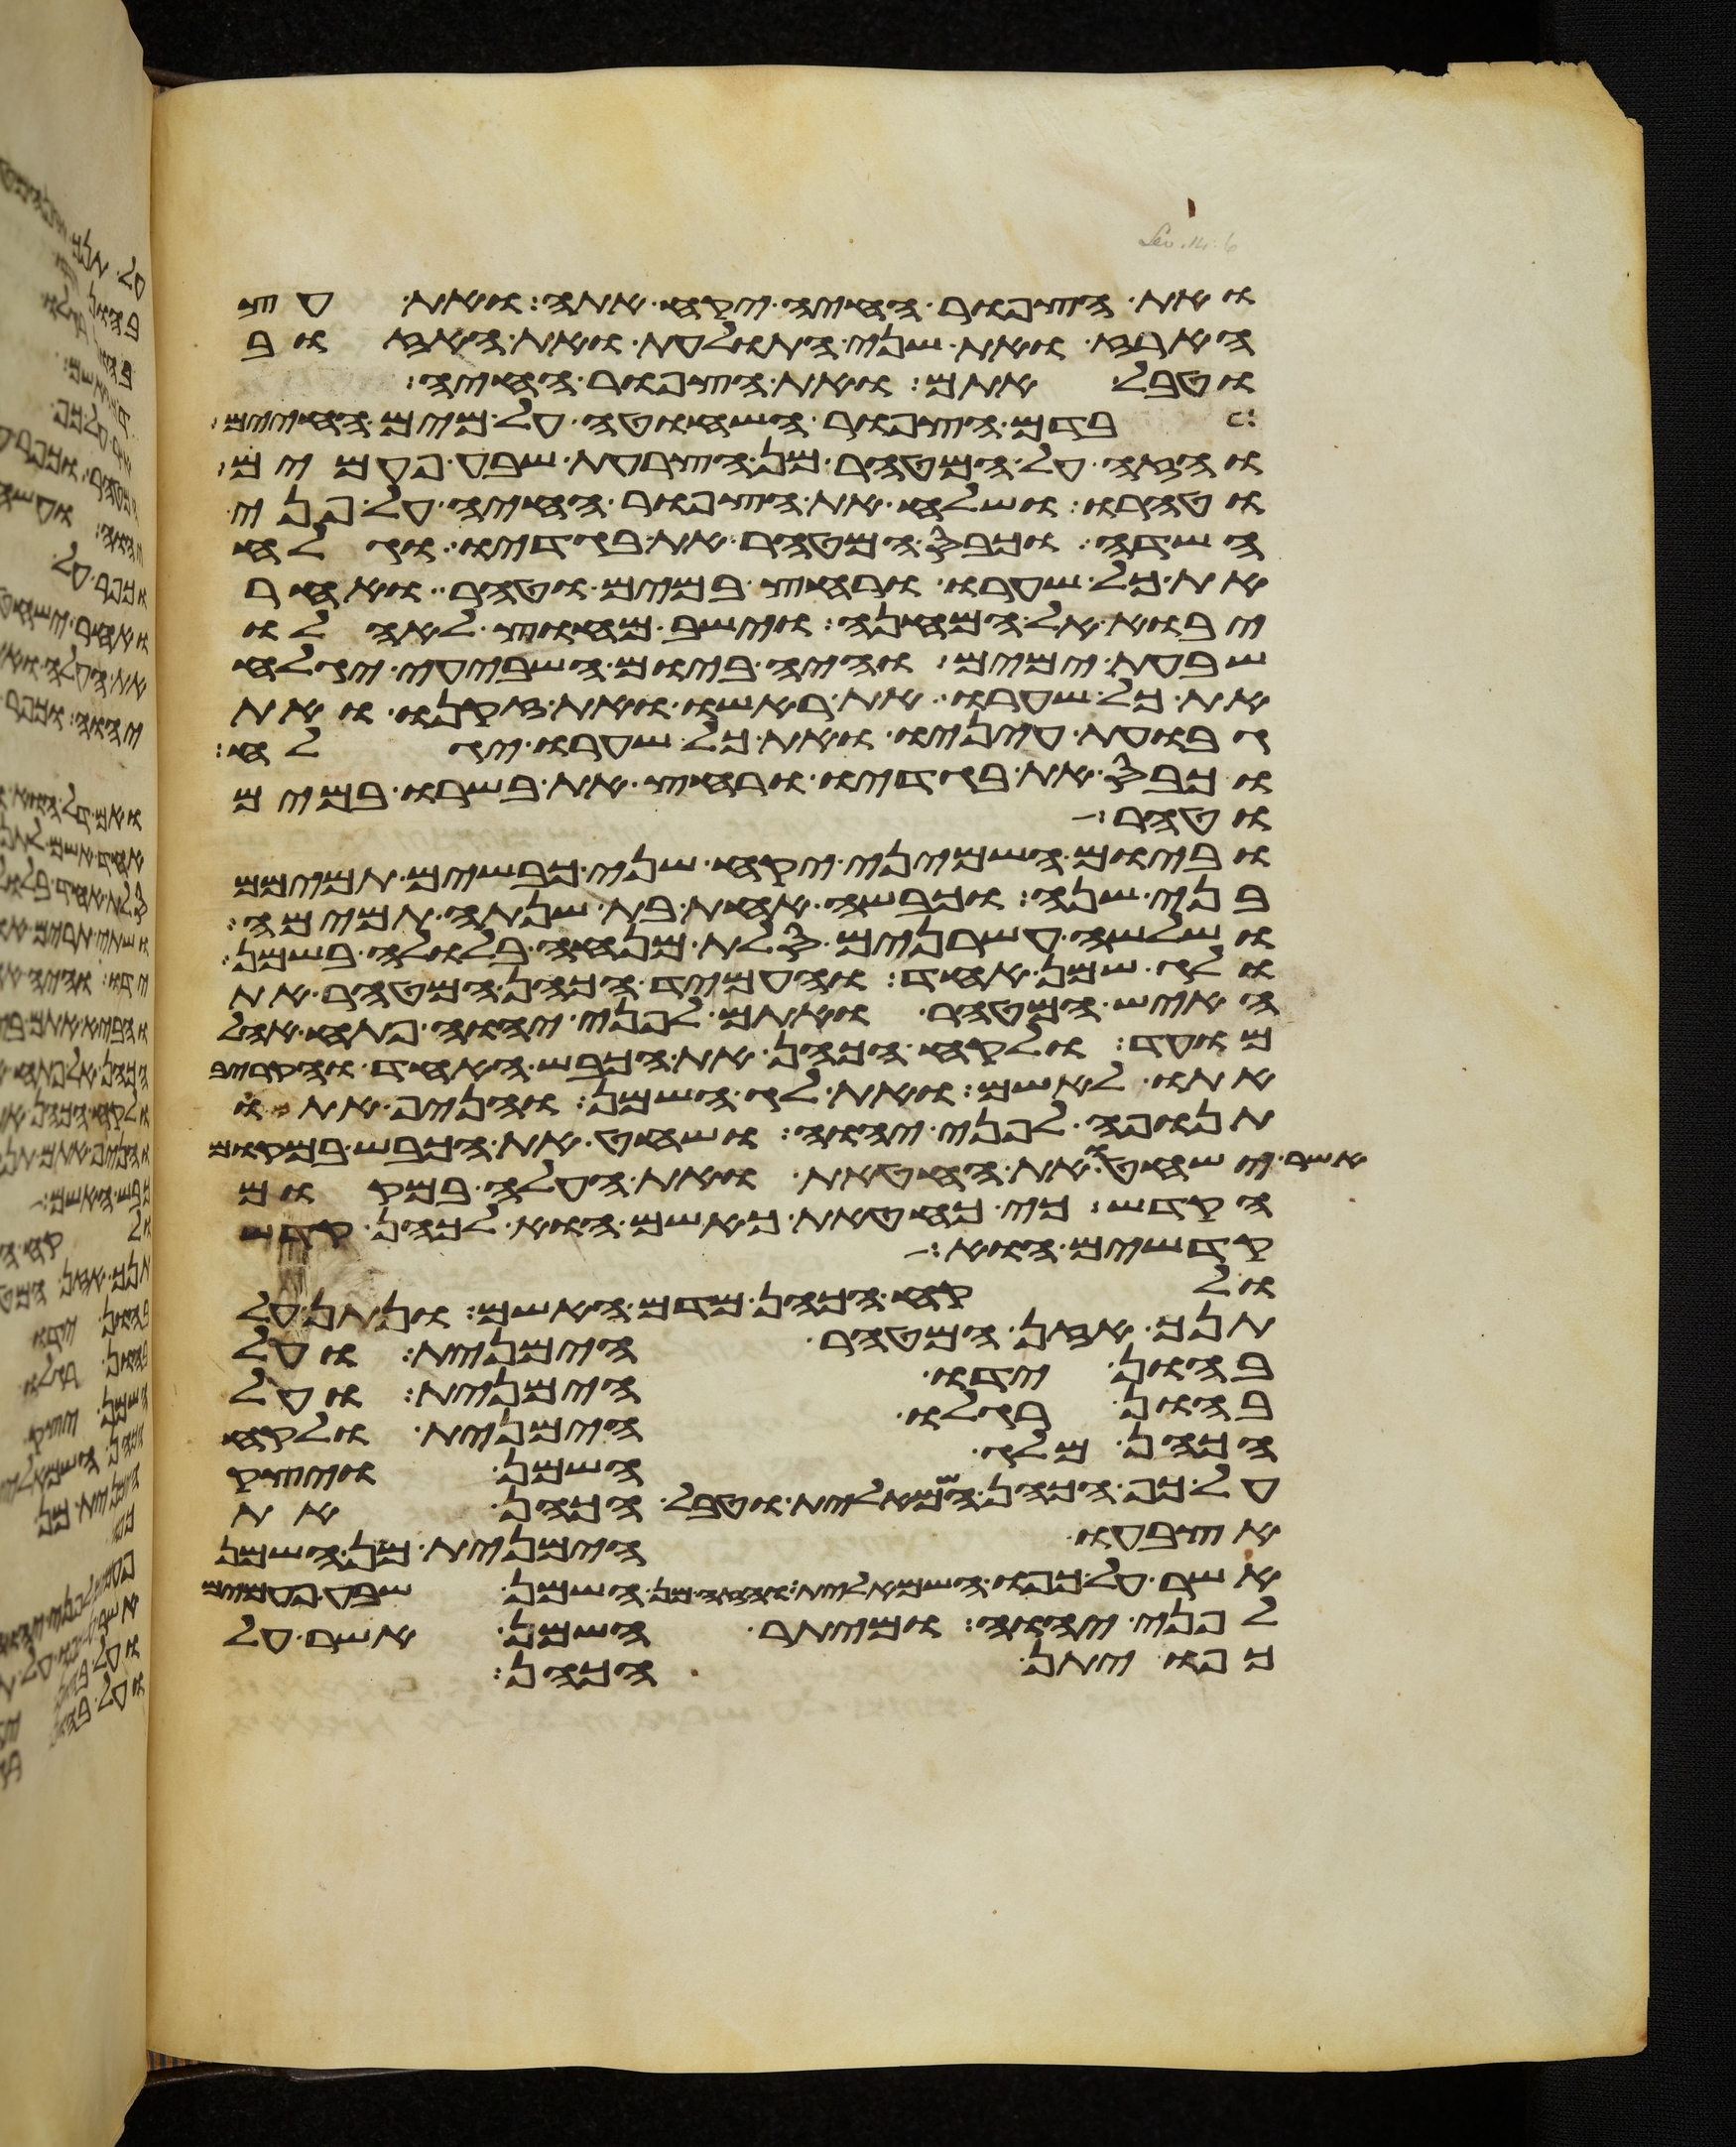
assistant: ואת הצפור החיה יקח אתה ואת עץ
הארז ואת שני התולעת ואת האזוב
וטבל אתם ואת הצפור החיה
בדם הצפור השחוטה על מים החיים
והזה על המטהר מן הצרעת שבע פעמים
וטהרו ושלח את הצפור החיה על פני
השדה וכבס המטהר את בגדיו וגלח
את כל שערו ורחץ במים וטהר ואחר
יבוא אל המחנה וישב מחוץ לאהלו
שבעת ימים והיה ביום השביעי יגלח
את כל שערו את ראשו ואת זקנו ואת
גבות עיניו ואת כל שערו יגלח
וכבס את בגדיו ורחץ את בשרו במים
וטהר
וביום השמיני יקח שני כבשים תמימם
בני שנה וכבשה אחת בת שנתה תמימה
ושלשה עשרנים סלת מנחה בלולה בשמן
ולג שמן אחד והעמיד הכהן המטהר את
האיש המטהר ואתם לפני יהוה פתח אהל
מועד ולקח הכהן את הכבש האחד והקריב
אתו לאשם ואת לג השמן והניף אתם
תנופה לפני יהוה ושחט את הכבש במקום
אשר ישחטו את החטאת ואת העלה במקום
הקדש כי כחטאת כאשם הוא לכהן קדש
קדשים הוא
ולקח הכהן מדם האשם ונתן על
תנך אזן המטהר הימנית ועל
בהון ידו הימנית ועל
בהון רגלו הימנית ולקח
הכהן מלג השמן ויצק
על כף הכהן השמאלית וטבל הכהן את
אצבעו הימנית מן השמן
אשר על כפו השמאלית והזה מן השמן שבע פעמים
לפני יהוה ומיתר השמן אשר על
כפו יתן הכהן